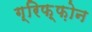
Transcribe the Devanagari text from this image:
ग्रिफ़्फ़ोन